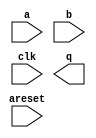

module fp_mult_arria10 (
	a,
	areset,
	b,
	clk,
	q);	

	input	[31:0]	a;
	input		areset;
	input	[31:0]	b;
	input		clk;
	output	[31:0]	q;
endmodule